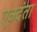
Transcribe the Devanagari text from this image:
एक्दंता